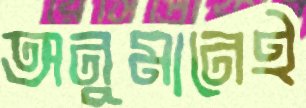
অনুমানেই